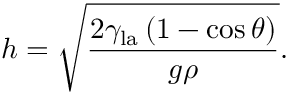
h = { \sqrt { \frac { 2 \gamma _ { \mathrm { l a } } \left( 1 - \cos \theta \right) } { g \rho } } } .